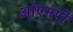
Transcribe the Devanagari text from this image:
ओएमपी